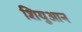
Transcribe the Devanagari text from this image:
शियुआन